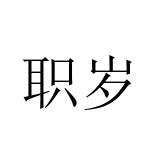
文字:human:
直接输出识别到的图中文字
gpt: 职岁